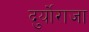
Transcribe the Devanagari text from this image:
दुर्योराजा